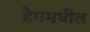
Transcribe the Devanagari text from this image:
हेगमधील